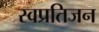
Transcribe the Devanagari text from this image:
स्वप्रतिजन